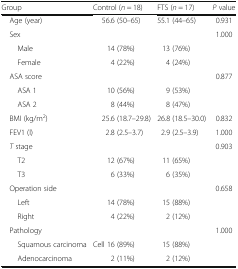
<table><thead><tr><td><b>Group</b></td><td><b>Control (<i>n</i> = 18)</b></td><td><b>FTS (<i>n</i> = 17)</b></td><td><b><i>P</i> value</b></td></tr></thead><tbody><tr><td> Age (year)</td><td>56.6 (50–65)</td><td>55.1 (44–65)</td><td>0.931</td></tr><tr><td> Sex</td><td></td><td></td><td>1.000</td></tr><tr><td>Male</td><td>14 (78%)</td><td>13 (76%)</td><td></td></tr><tr><td>Female</td><td>4 (22%)</td><td>4 (24%)</td><td></td></tr><tr><td> ASA score</td><td></td><td></td><td>0.877</td></tr><tr><td>ASA 1</td><td>10 (56%)</td><td>9 (53%)</td><td></td></tr><tr><td>ASA 2</td><td>8 (44%)</td><td>8 (47%)</td><td></td></tr><tr><td> BMI (kg/m<sup>2</sup>)</td><td>25.6 (18.7–29.8)</td><td>26.8 (18.5–30.0)</td><td>0.832</td></tr><tr><td> FEV1 (l)</td><td>2.8 (2.5–3.7)</td><td>2.9 (2.5–3.9)</td><td>1.000</td></tr><tr><td> <i>T</i> stage</td><td></td><td></td><td>0.903</td></tr><tr><td>T2</td><td>12 (67%)</td><td>11 (65%)</td><td></td></tr><tr><td>T3</td><td>6 (33%)</td><td>6 (35%)</td><td></td></tr><tr><td> Operation side</td><td></td><td></td><td>0.658</td></tr><tr><td>Left</td><td>14 (78%)</td><td>15 (88%)</td><td></td></tr><tr><td>Right</td><td>4 (22%)</td><td>2 (12%)</td><td></td></tr><tr><td> Pathology</td><td></td><td></td><td>1.000</td></tr><tr><td>Squamous carcinoma</td><td>Cell 16 (89%)</td><td>15 (88%)</td><td></td></tr><tr><td>Adenocarcinoma</td><td>2 (11%)</td><td>2 (12%)</td><td></td></tr></tbody></table>